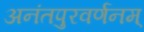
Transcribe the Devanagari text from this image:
अनंतपुरवर्णनम्